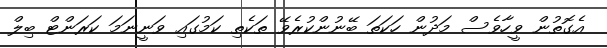
އެގޮތުން ވީހާވެސް މަދުން ހަކަތަ ބޭނުންކުރެވޭ ތަކެތި ކަމުގައި ވަނީނަމަ ކަރަންޓް ބިލް